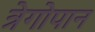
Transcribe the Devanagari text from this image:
त्रेगोपान